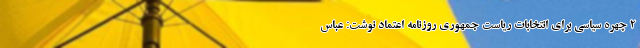
2 چهره سیاسی برای انتخابات ریاست جمهوری روزنامه اعتماد نوشت: عباس